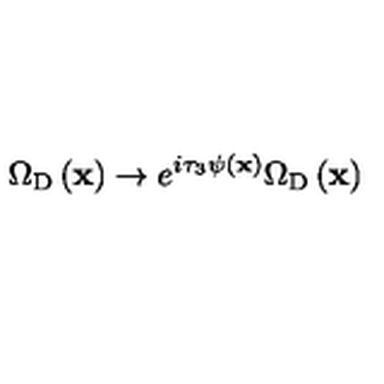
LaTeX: \Omega _ { \mathrm { D } } \left( { \bf x } \right) \rightarrow e ^ { i \tau _ { 3 } \psi \left( { \bf x } \right) } \Omega _ { \mathrm { D } } \left( { \bf x } \right)